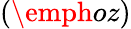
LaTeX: (\emph{oz})